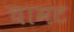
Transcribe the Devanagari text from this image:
चामट